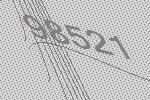
98521